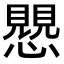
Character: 𧢅